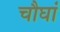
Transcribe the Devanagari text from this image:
चौघां